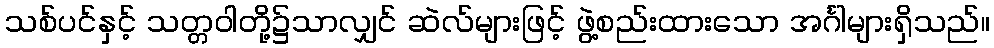
သစ်ပင်နှင့် သတ္တဝါတို့၌သာလျှင် ဆဲလ်များဖြင့် ဖွဲ့စည်းထားသော အင်္ဂါများရှိသည်။